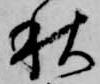
秋